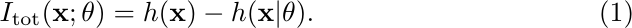
\begin{equation}
    I_{\rm tot}(\mathbf{x}; \theta) = h(\mathbf{x}) - h(\mathbf{x}|\theta).
\end{equation}